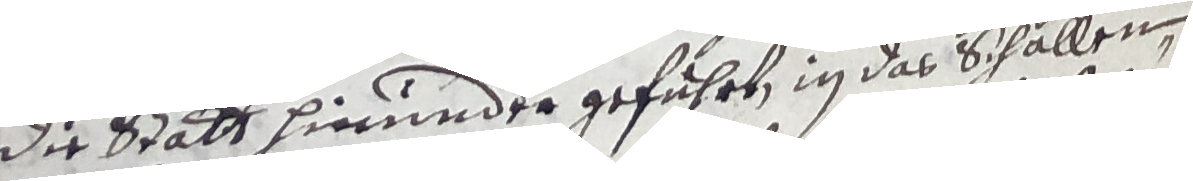
die statt hierunder geführt, in das schallen